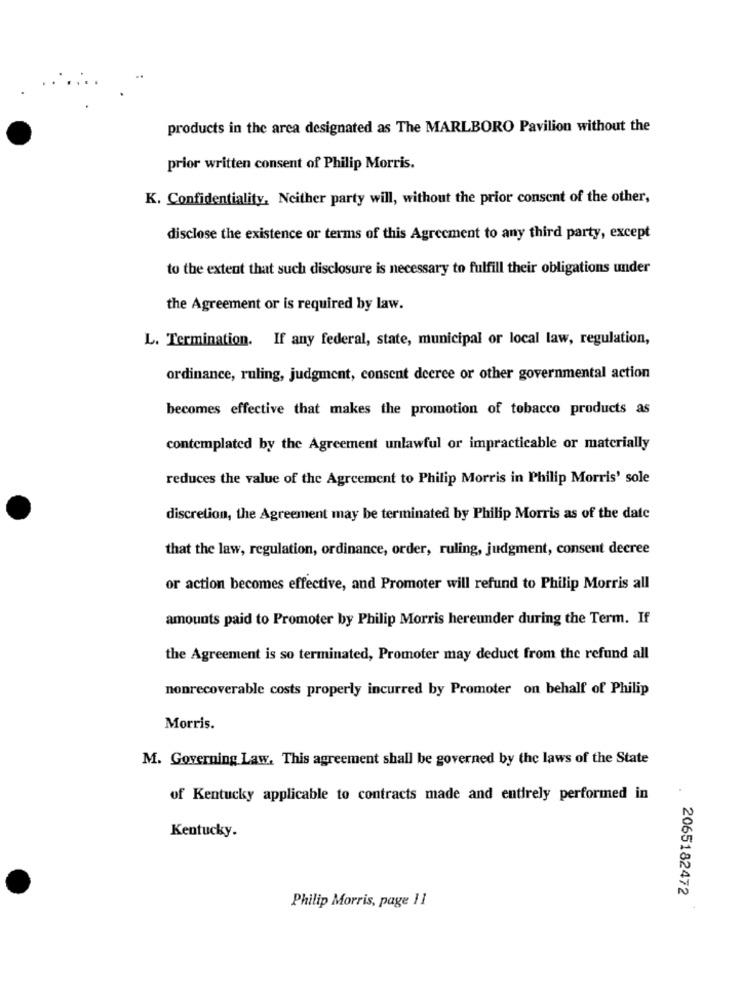
products in the area designated as The MARLBORO Pavilion without the
prior written consent of Philip Morris.
K. Confidentiality, Neither party will, without the prior consent of the other,
disclose the existence or terms of this Agreement to any third party, except
to the extent that such disclosure is necessary to fulfill their obligations under
the Agreement or is required by law.
L. Termination. If any federal, state, municipal or local law, regulation,
ordinance, ruling, judgment, consent decree or other governmental action
becomes effective that makes the promotion of tobacco products as
contemplated by the Agreement unlawful or impracticable or materially
reduces the value of the Agreement to Philip Morris in Philip Morris' sole
discretion, the Agreement may be terminated by Philip Morris as of the date
that the law, regulation, ordinance, order, ruling, judgment, consent decree
or action becomes effective, and Promoter will refund to Philip Morris all
amounts paid to Promoter by Philip Morris hereunder during the Term. If
the Agreement is so terminated, Promoter may deduct from the refund all
nonrecoverable costs properly incurred by Promoter on behalf of Philip
Morris.
M. Governing Law. This agreement shall be governed by the laws of the State
of Kentucky applicable to contracts made and entirely performed in
Kentucky.
2065182472
Philip Morris, page 11